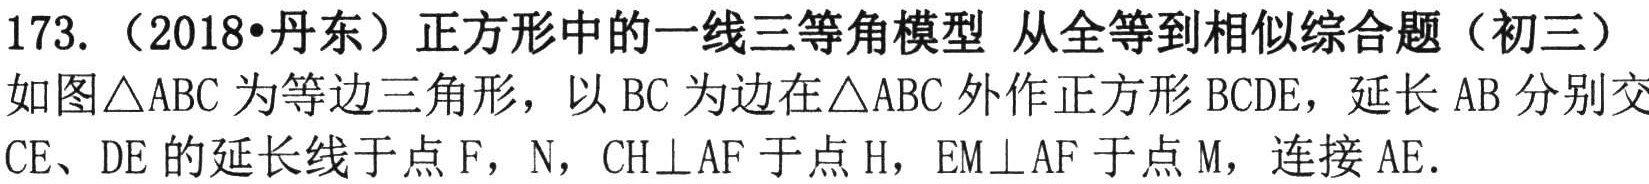
173. （2018•丹东）正方形中的一线三等角模型 从全等到相似综合题（初三）
如图\(\triangle ABC\)为等边三角形，以 \(BC\) 为边在\(\triangle ABC\)外作正方形 \(BCDE\)，延长 \(AB\) 分别交 \(CE\)、\(DE\) 的延长线于点 \(F\)，\(N\)，\(CH\perp AF\) 于点 \(H\)，\(EM\perp AF\) 于点 \(M\)，连接 \(AE\).